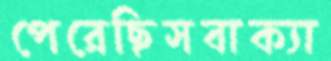
পেরেছিসবাক্যা